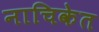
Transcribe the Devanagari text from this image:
नाचिकेत